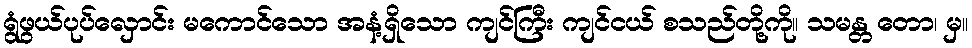
ရွံဖွယ်ပုပ်လှောင်း မကောင်သော အနံ့ရှိသော ကျင်ကြီး ကျင်ငယ် စသည်တို့ကို။ သမန္တ တော၊ မှ။